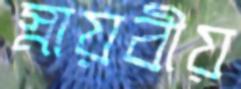
স্নায়বীয়